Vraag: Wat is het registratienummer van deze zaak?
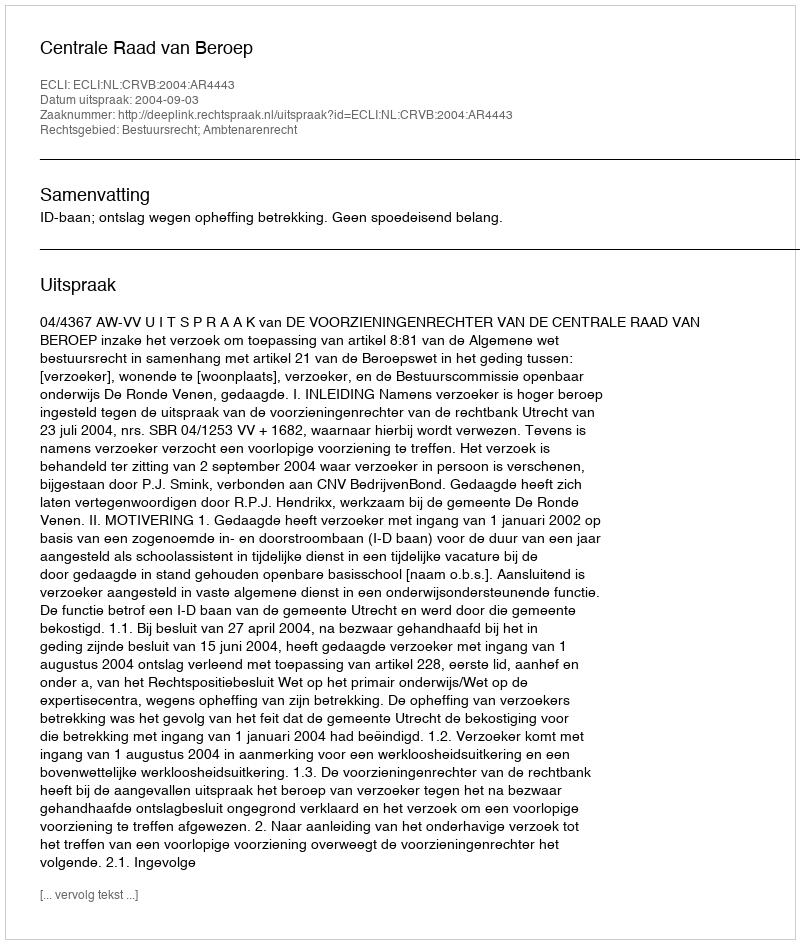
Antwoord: http://deeplink.rechtspraak.nl/uitspraak?id=ECLI:NL:CRVB:2004:AR4443